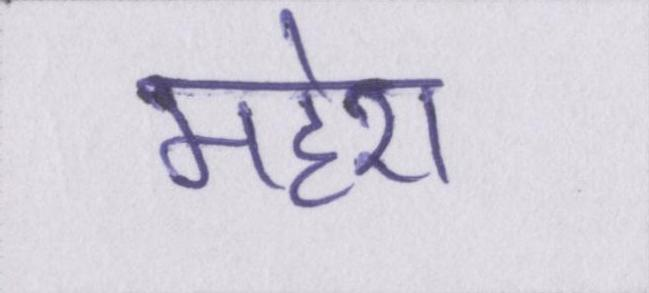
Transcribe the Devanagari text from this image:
महेश